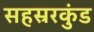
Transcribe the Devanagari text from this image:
सहस्ररकुंड